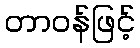
တာဝန်ဖြင့်